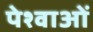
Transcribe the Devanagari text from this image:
पेश्वाओं